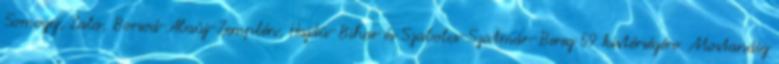
Somogy, Zala, Borsod-Abaúj-Zemplén, Hajdú-Bihar és Szabolcs-Szatmár-Bereg 59 kistérségére. Mostanáig